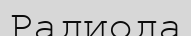
Радиода